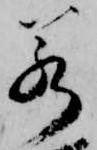
若